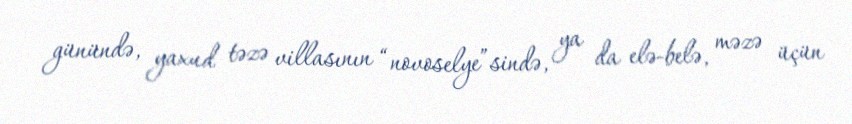
günündə, yaxud təzə villasının “novoselye”sində, ya da elə-belə, məzə üçün